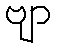
ဗျာ